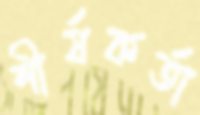
শীর্ষকর্তা